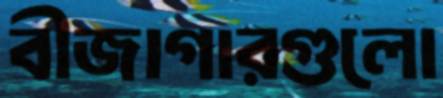
বীজাগারগুলো